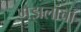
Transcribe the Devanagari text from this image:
गझलांचा